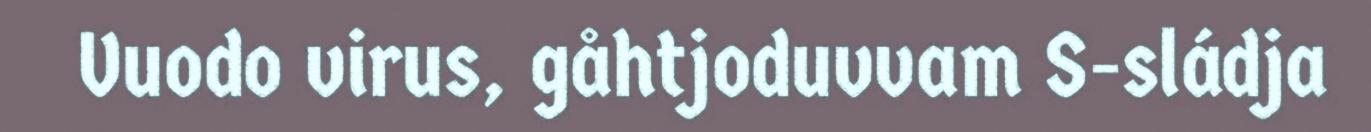
Vuodo virus, gåhtjoduvvam S-sládja